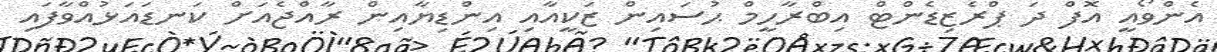
އެންވޯއީ އޮފް ދަ ޕްރެޒިޑެންޓް އިބްރާހީމް ޙުސައިން ޒަކީއާއި އިންޑިޔާއިން ރާއްޖެއަށް ކަނޑައަޅުއްވާފައި